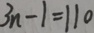
3 n - 1 = 1 1 0